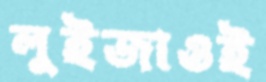
লুইজাওই